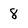
Character: 8